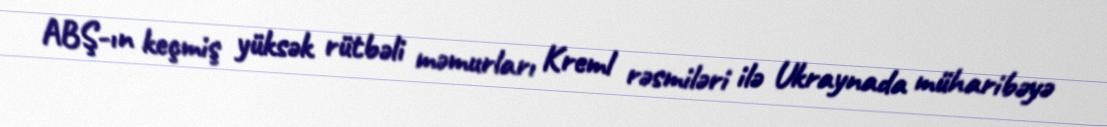
ABŞ-ın keçmiş yüksək rütbəli məmurları Kreml rəsmiləri ilə Ukraynada müharibəyə